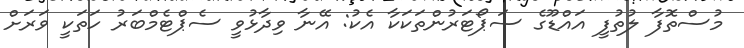
މުސްތޮފާ ލުތުފީ އައްޑޫގެ ސަޕޯޓަރުންތަކަކާ އެކު: އޭނާ ވިދާޅުވީ ސެޕްޓެމްބަރު ހަތަކީ ވަަރަށް